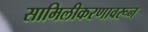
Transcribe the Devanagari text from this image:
सामिलीकरणावरून